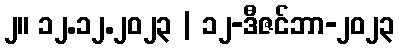
၂။ ၁၂.၁၂.၂၀၂၃ | ၁၂-ဒီဇင်ဘာ-၂၀၂၃